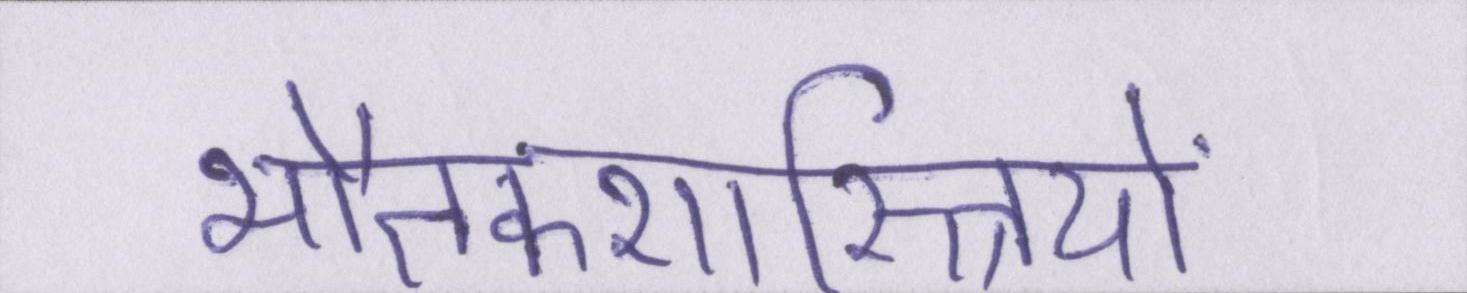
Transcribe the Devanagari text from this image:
भौतकशास्त्रियों